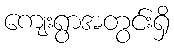
ကျေးရွာအတွင်းရှိ